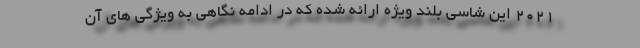
2021 این شاسی بلند ویژه ارائه شده که در ادامه نگاهی به ویژگی های آن